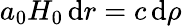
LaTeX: a_{0}H_{0}\, \mathrm{d}r=c\, \mathrm{d}\rho